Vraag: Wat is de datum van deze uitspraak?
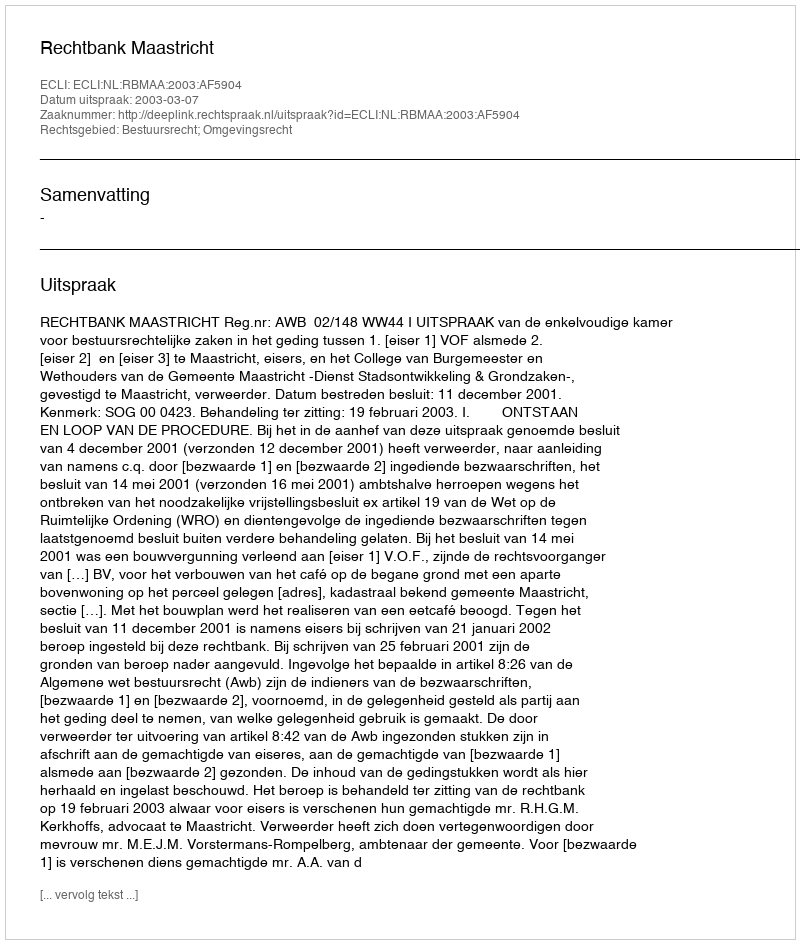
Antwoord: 2003-03-07